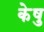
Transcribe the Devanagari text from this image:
केषु